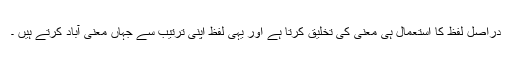
دراصل لفظ کا استعمال ہی معنی کی تخلیق کرتا ہے اور یہی لفظ اپنی ترتیب سے جہاں معنی آباد کرتے ہیں ۔